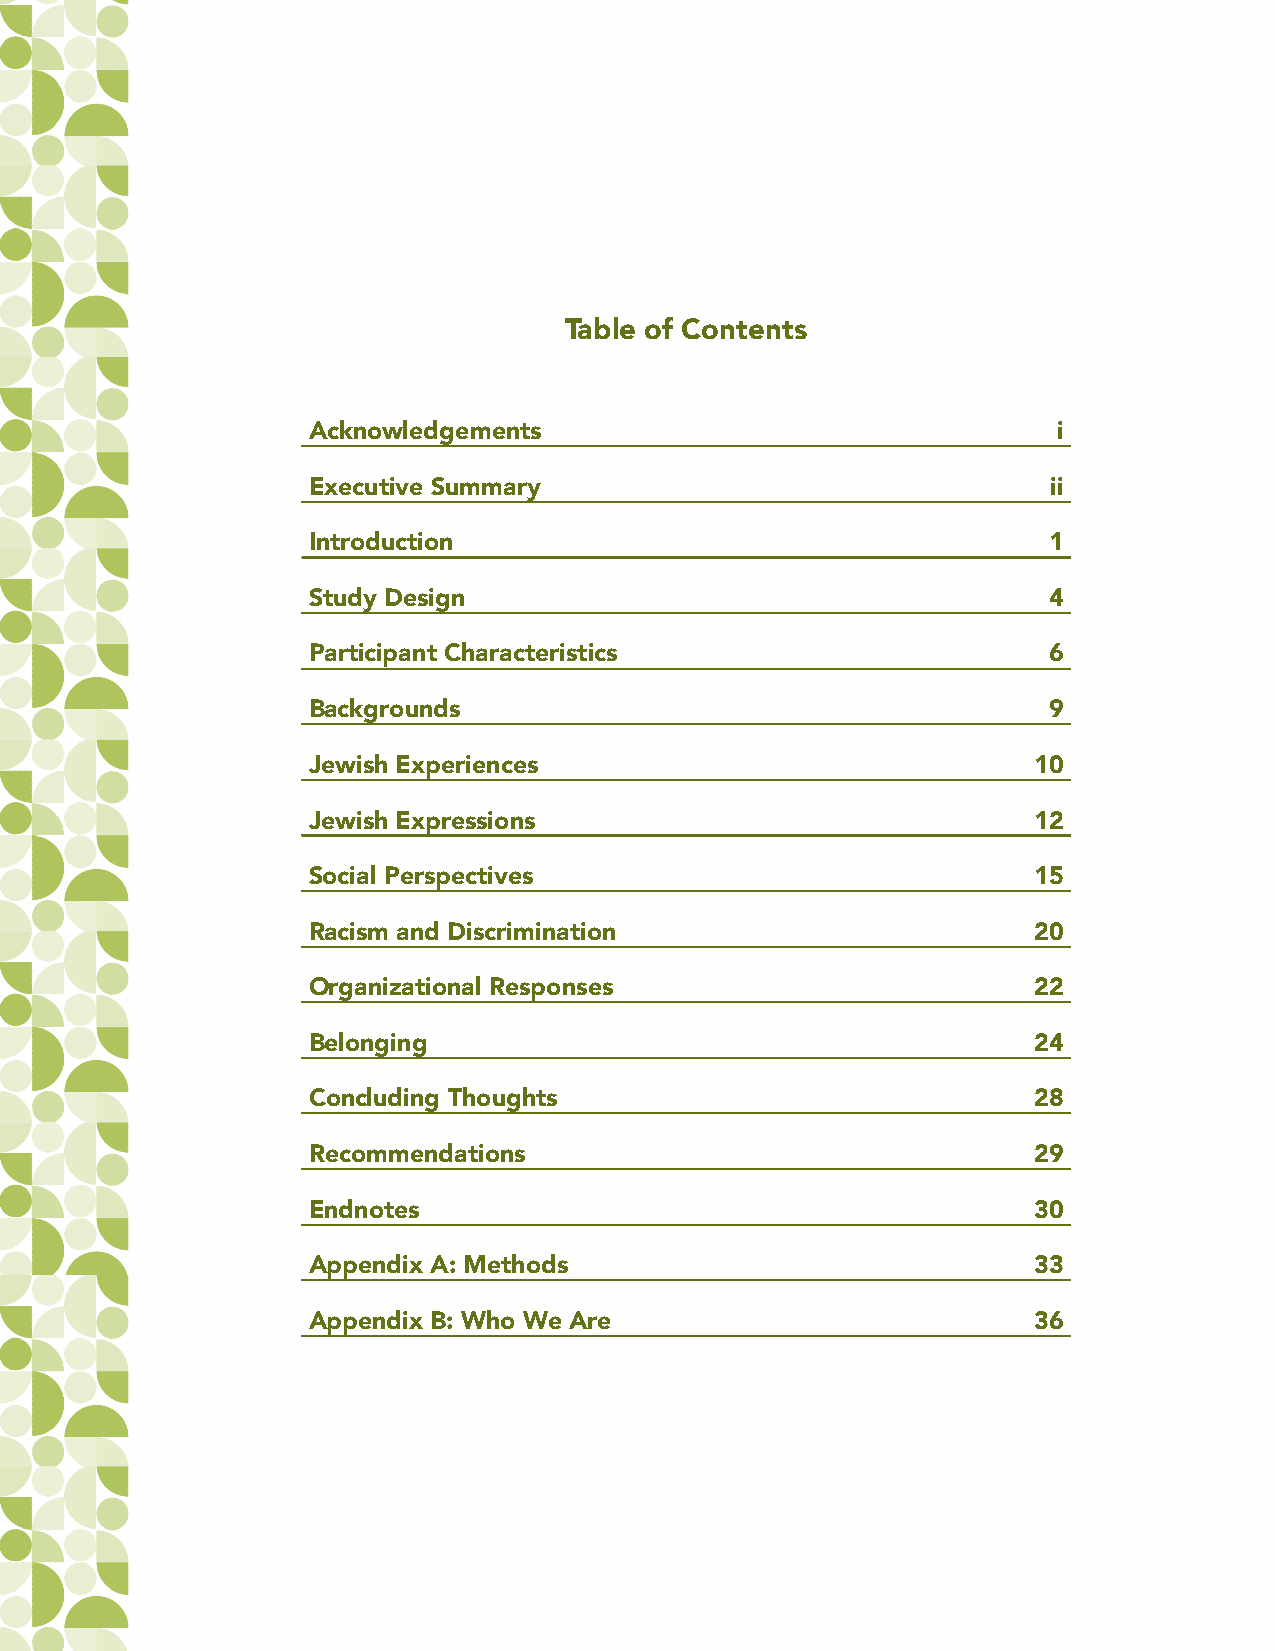
Table of Contents
 Acknowledgements                                  i
 Executive Summary                                 ii
 Introduction                                     1
 Study Design                                     4
 Participant Characteristics                      6
 Backgrounds                                      9
 Jewish Experiences                              10
 Jewish Expressions                              12
 Social Perspectives                             15
 Racism and Discrimination                       20
 Organizational Responses                        22
 Belonging                                       24
 Concluding Thoughts                             28
 Recommendations                                 29
 Endnotes                                        30
 Appendix A: Methods                             33
 Appendix B: Who We Are                          36